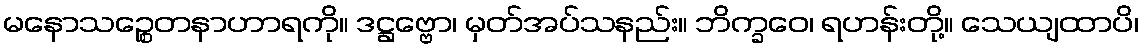
မနောသဉ္စေတနာဟာရကို။ ဒဋ္ဌဗ္ဗော၊ မှတ်အပ်သနည်း။ ဘိက္ခဝေ၊ ရဟန်းတို့။ သေယျထာပိ၊